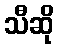
သီဆို